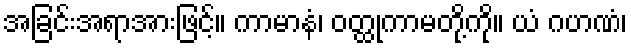
အခြင်းအရာအားဖြင့်။ ကာမာနံ၊ ဝတ္ထုကာမတို့ကို။ ယံ ဂဟဏံ၊